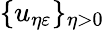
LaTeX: \{ u_{\eta\varepsilon}\} _{\eta>0}